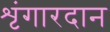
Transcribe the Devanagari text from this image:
शृंगारदान